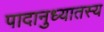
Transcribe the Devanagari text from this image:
पादानुध्यातस्य